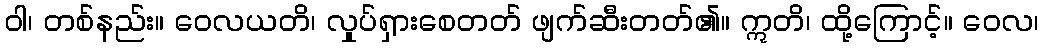
ဝါ၊ တစ်နည်း။ ဝေလယတိ၊ လှုပ်ရှားစေတတ် ဖျက်ဆီးတတ်၏။ ဣတိ၊ ထို့ကြောင့်။ ဝေလ၊